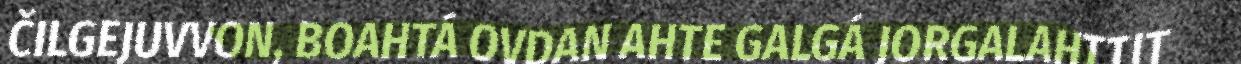
ČILGEJUVVON, BOAHTÁ OVDAN AHTE GALGÁ JORGALAHTTIT